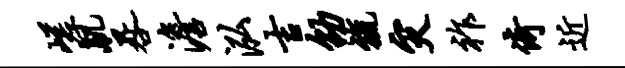
嵯肌晷澹泓吉劭旒灾祚倚近